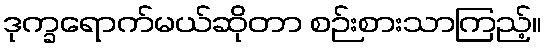
ဒုက္ခရောက်မယ်ဆိုတာ စဉ်းစားသာကြည့်။